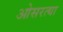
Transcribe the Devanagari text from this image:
ओसरत्या